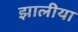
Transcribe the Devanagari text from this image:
झालीया